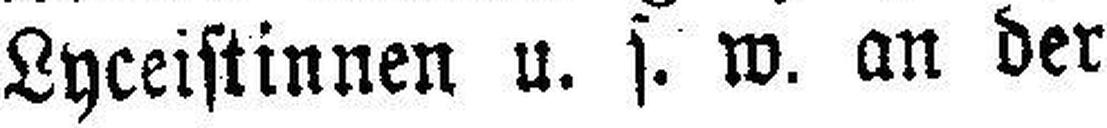
Lyceistinnen u. s. w. an der